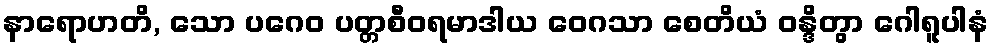
နာရောဟတိ, သော ပဂေဝ ပတ္တစီဝရမာဒါယ ဝေဂသာ စေတိယံ ဝန္ဒိတွာ ဂေါရူပါနံ